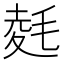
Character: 𭯛